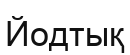
Йодтық